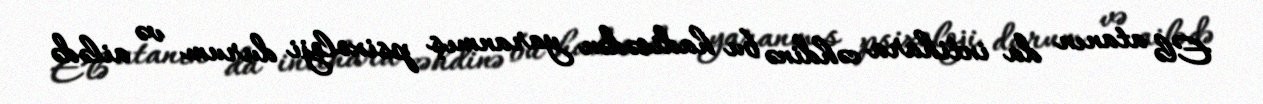
Elə atanın da intihara cəhdinə bu hadisədən yaranmış psixoloji durum və ailədə